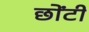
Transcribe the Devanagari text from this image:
छोंटी